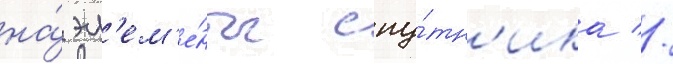
на́ эл'ем'е́нты спу́тн'ика //